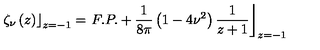
\left. \zeta _ { \nu } \left( z \right) \right\rfloor _ { z = - 1 } = \left. F . P . + \frac { 1 } { 8 \pi } \left( 1 - 4 \nu ^ { 2 } \right) \frac { 1 } { z + 1 } \right\rfloor _ { z = - 1 }